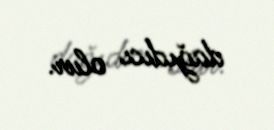
dağıdıcı olur.